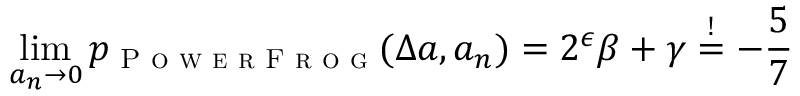
\operatorname* { l i m } _ { a _ { n } \to 0 } p _ { \textsc { P o w e r F r o g } } ( \Delta a , a _ { n } ) = 2 ^ { \epsilon } \beta + \gamma \stackrel { ! } { = } - \frac { 5 } { 7 }